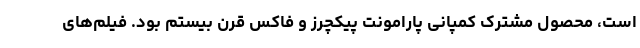
است، محصول مشترک کمپانی پارامونت پیکچرز و فاکس قرن بیستم بود. فیلم‌های